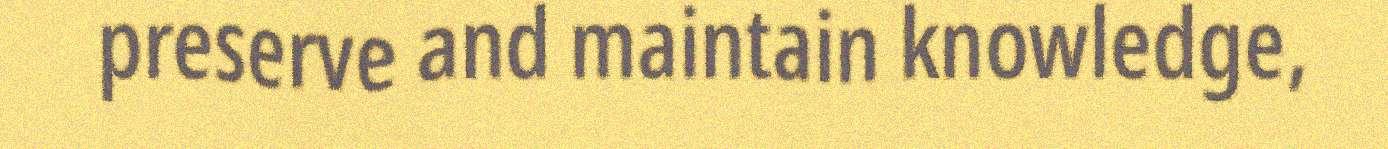
preserve and maintain knowledge,